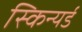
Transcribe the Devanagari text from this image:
स्किन्यर्ड